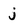
Character: j